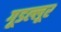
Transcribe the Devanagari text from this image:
गूडल्लूर